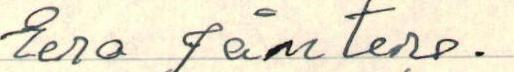
Eero Jäntere.